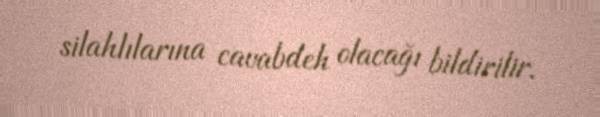
silahlılarına cavabdeh olacağı bildirilir.